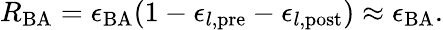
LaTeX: R_{\mathrm{BA}}=\epsilon_{\mathrm{BA}}(1-\epsilon_{l,\mathrm{pre}}-\epsilon_{l,\mathrm{post}})\approx\epsilon_{\mathrm{BA}}.